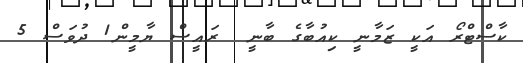
ކާސްޓްރޯ އަކީ ޒަމާނީ ކިއުބާގެ ބާނީ  ރައީސް ޔާމީން1 ދުވަސް 5